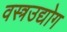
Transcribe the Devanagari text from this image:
वस्त्रउद्योग